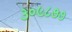
૩૦૯૮૭૭